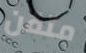
متقن